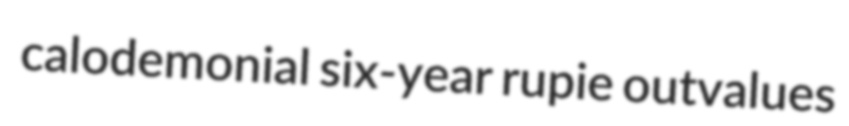
calodemonial six-year rupie outvalues